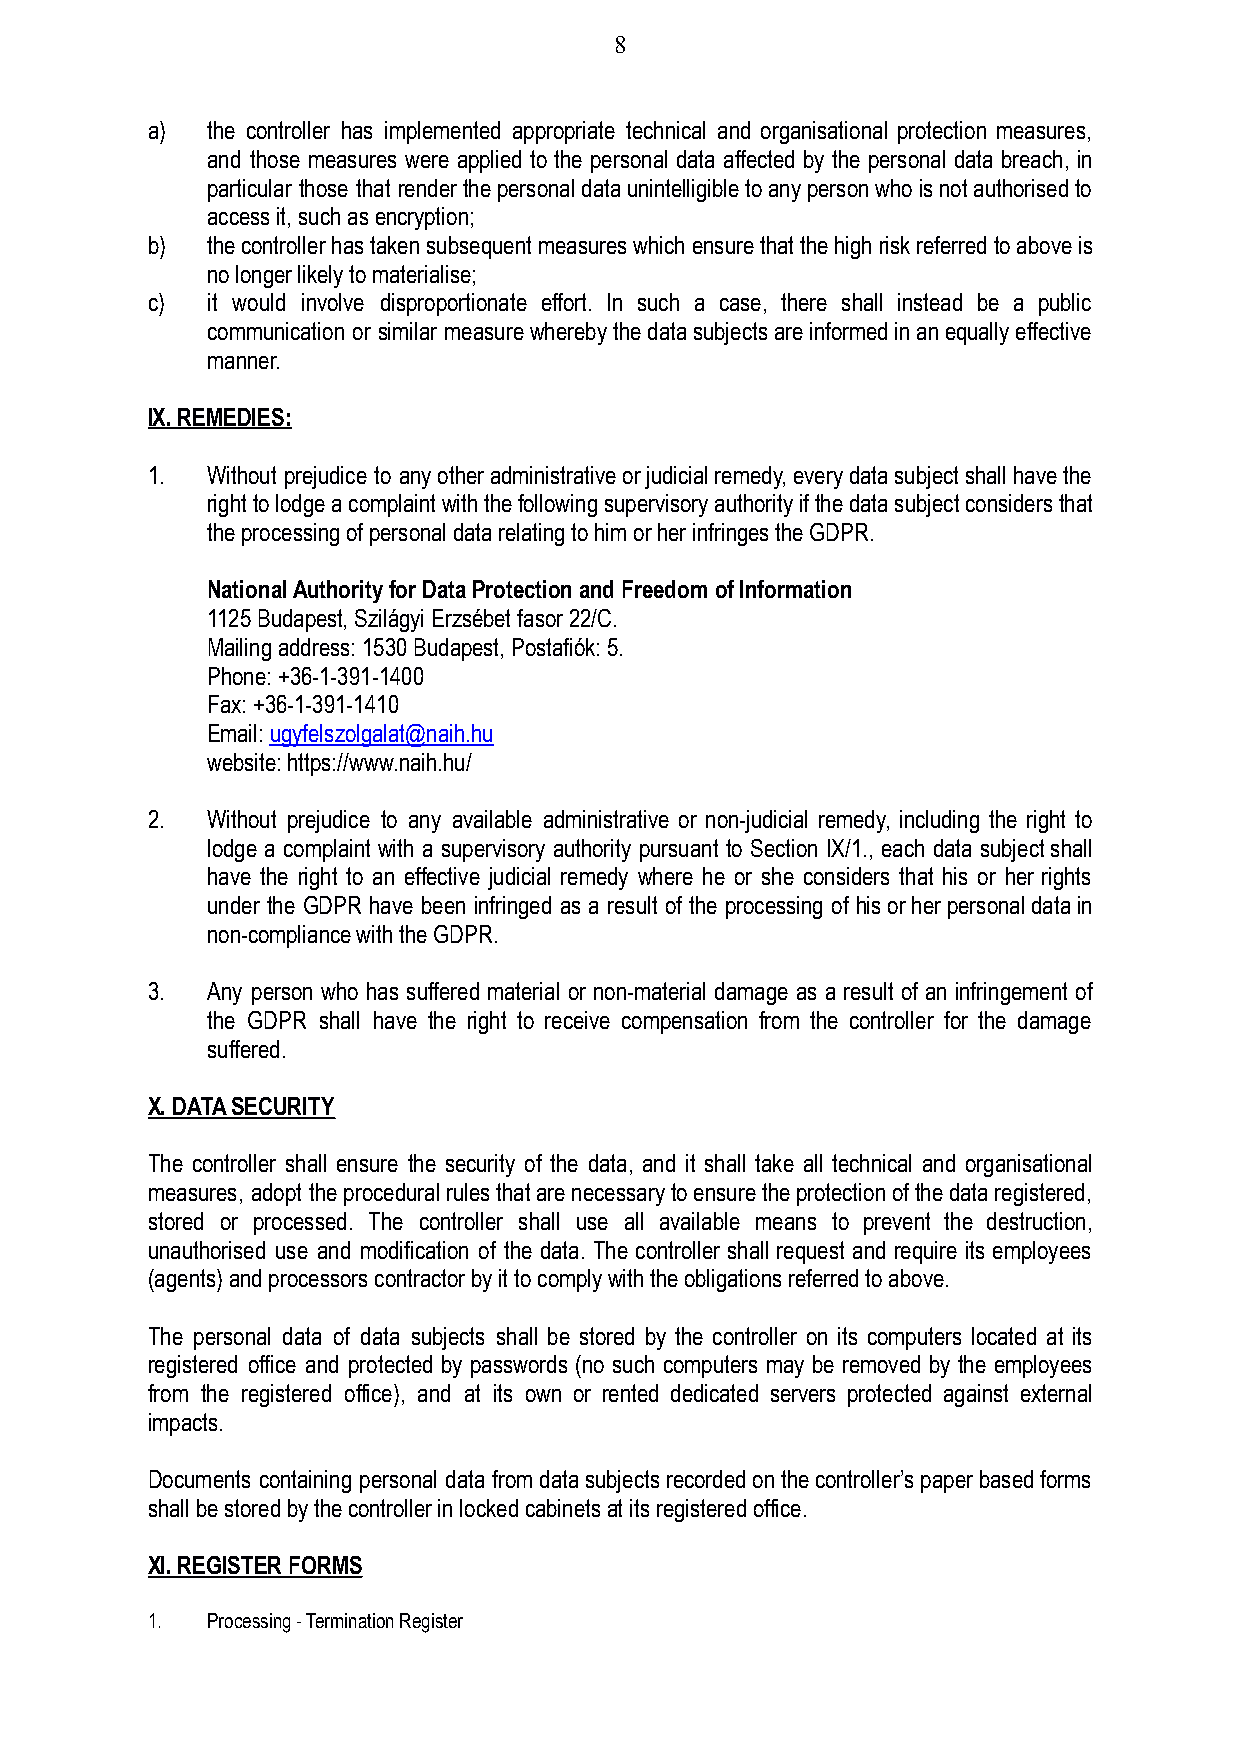
8
 a)  the controller has implemented appropriate technical and organisational protection measures,
 and those measures were applied to the personal data affected by the personal data breach, in
 particular those that renderthepersonaldataunintelligibletoanypersonwhoisnotauthorisedto
 access it, such as encryption;
 b)  thecontrollerhastakensubsequentmeasureswhichensurethatthehighriskreferredtoaboveis
 no longer likely to materialise;
 c)  it would involve disproportionate effort. In such a case, there shall instead be a public
 communication or similar measurewherebythedatasubjectsareinformedinanequallyeffective
 manner.
 IX. REMEDIES:
 1.  Without prejudice to anyotheradministrativeorjudicialremedy,everydatasubjectshallhavethe
 righttolodgeacomplaintwiththefollowingsupervisoryauthorityifthedatasubjectconsidersthat
 the processing of personal data relating to him orher infringes the GDPR.
 National Authority for Data Protection and Freedom of Information
 1125 Budapest, Szilágyi Erzsébet fasor 22/C.
 Mailing address: 1530 Budapest, Postafiók: 5.
 Phone: +36-1-391-1400
 Fax: +36-1-391-1410
 Email:ugyfelszolgalat@naih.hu
 website: https://www.naih.hu/
 2.  Without prejudice to any available administrative or non-judicial remedy, including the right to
 lodge a complaint with a supervisory authority pursuant to Section IX/1., each data subjectshall
 have the right to an effective judicial remedy where he or she considers that his or her rights
 under the GDPR have been infringed as a result of the processing of hisorherpersonaldatain
 non-compliance with the GDPR.
 3.  Any person who has suffered material or non-material damage as a result of an infringement of
 the GDPR shall have the right to receive compensation from the controller for the damage
 suffered.
 X. DATA SECURITY
 The controller shall ensure the security of the data, and it shall take all technical and organisational
 measures, adopt theproceduralrulesthatarenecessarytoensuretheprotectionofthedataregistered,
 stored or processed. The controller shall use all available means to prevent the destruction,
 unauthorised use and modification of the data. The controller shall request and require its employees
 (agents) and processors contractor by it to complywith the obligations referred to above.
 The personal data of data subjects shall be stored by the controller on its computers located at its
 registered office and protected by passwords (no such computers may be removed by the employees
 from the registered office), and at its own or rented dedicated servers protected against external
 impacts.
 Documents containing personal data fromdatasubjectsrecordedonthecontroller’spaperbasedforms
 shall be stored by the controller in locked cabinetsat its registered office.
 XI. REGISTER FORMS
 1.  Processing - Termination Register